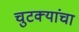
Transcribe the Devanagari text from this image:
चुटक्यांचा